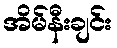
အိမ်နီးချင်း